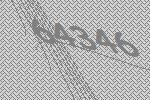
64346